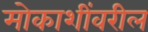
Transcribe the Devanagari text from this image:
मोकाशींवरील